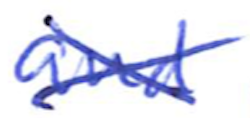
Text: and
Cross-out: cross
Writing tool: ballpoint